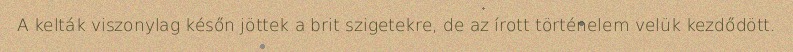
A kelták viszonylag későn jöttek a brit szigetekre, de az írott történelem velük kezdődött.